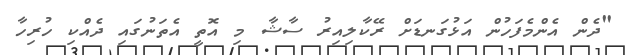
"ދެން އެންމެފަހުން އަޅުގަނޑަށް ރޭކާލިއިރު ސާޝާ މި އޮތީ އެތަނުގައި ދެއްކި ހުރިހާ